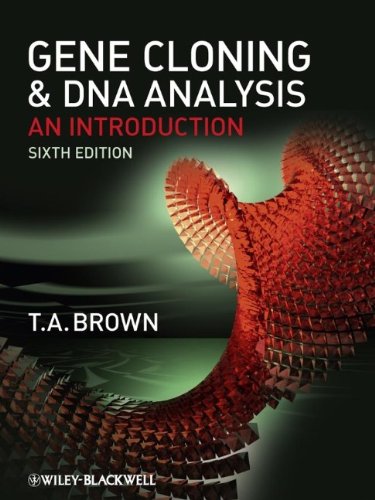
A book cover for Gene Cloning and DNA Analysis: An Introduction; T. A. Brown; Computers & Technology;